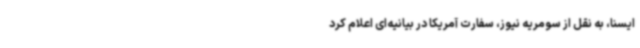
ایسنا، به نقل از سومریه نیوز، سفارت آمریکا در بیانیه‌ای اعلام کرد